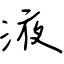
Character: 液